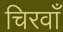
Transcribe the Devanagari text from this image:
चिरवाँ